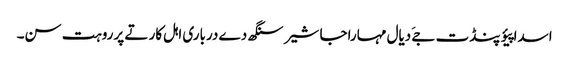
اسدا پیؤ پنڈت جےَ دیال مہاراجا شیر سنگھ دے درباری اہل کار تے پرروہت سن۔